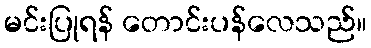
မင်းပြုရန် တောင်းပန်လေသည်။